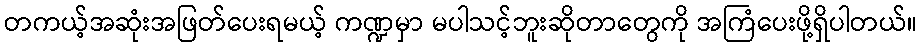
တကယ့်အဆုံးအဖြတ်ပေးရမယ့် ကဏ္ဍမှာ မပါသင့်ဘူးဆိုတာတွေကို အကြံပေးဖို့ရှိပါတယ်။